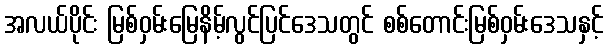
အလယ်ပိုင်း မြစ်ဝှမ်းမြေနိမ့်လွင်ပြင်ဒေသတွင် စစ်တောင်းမြစ်ဝှမ်းဒေသနှင့်